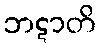
ဘဋာတိ